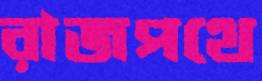
রাজপথে